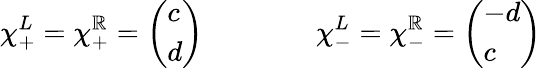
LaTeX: \chi_{+}^{L}=\chi_{+}^{\mathbb{R}}=\left(\begin{array}{l}{{c}}\\ {{d}}\end{array}\right)\qquad\qquad\chi_{-}^{L}=\chi_{-}^{\mathbb{R}}=\left(\begin{array}{l}{{-d}}\\ {{c}}\end{array}\right)